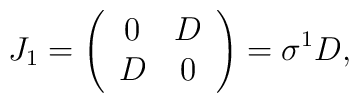
J_1 = \left( \begin{array}{cc} 0 & D \\ D & 0 \end{array} \right)= \sigma^1 D,